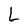
Character: L